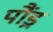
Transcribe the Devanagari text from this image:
पौंड्र